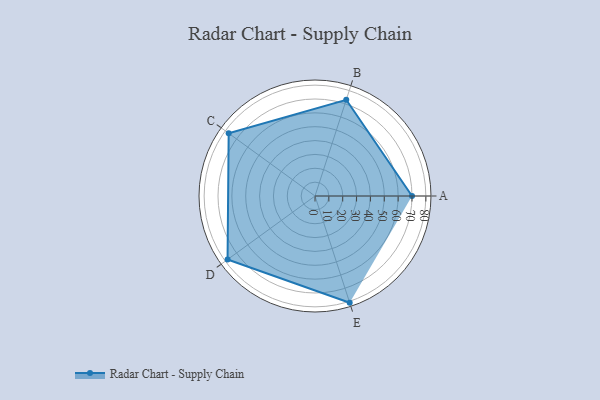
{"axis": {"x": "Skill", "y": "Score"}, "legend": ["Profile"], "data": [{"x": "A", "y": 70.0, "type": "Profile"}, {"x": "B", "y": 73.0, "type": "Profile"}, {"x": "C", "y": 77.0, "type": "Profile"}, {"x": "D", "y": 78.0, "type": "Profile"}, {"x": "E", "y": 81.0, "type": "Profile"}]}